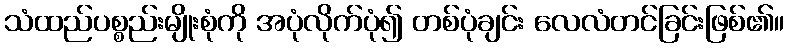
သံထည်ပစ္စည်းမျိုးစုံကို အပုံလိုက်ပုံ၍ တစ်ပုံချင်း လေလံတင်ခြင်းဖြစ်၏။